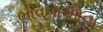
ભાવનાઓના